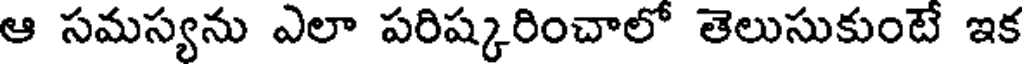
ఆ సమస్యను ఎలా పరిష్కరించాలో తెలుసుకుంటే ఇక